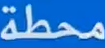
محطة